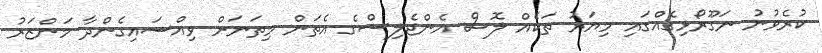
ކުރެވުނު ނަގޫރޯޅިގެއްގައި މިޔަރު ތަކެއް ލޮސް އެންޖެލިސްގެ އެތަން މިތަނަށް ވިއްސައިގެންދާ މަންޒަރު